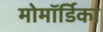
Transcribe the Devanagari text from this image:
मोमॉर्डिका